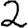
Digit: 2